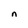
Character: n